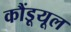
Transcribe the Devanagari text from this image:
कौंडूयूल